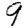
Digit: 9